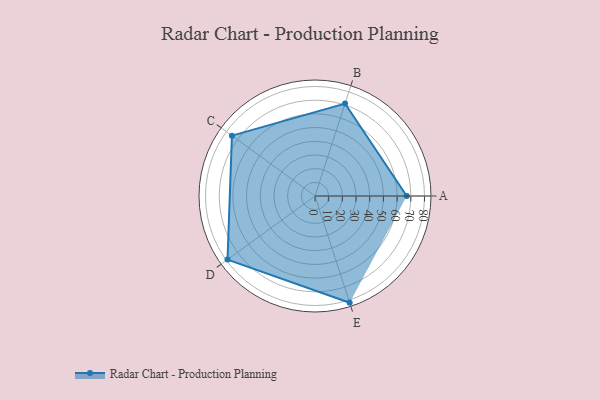
{"axis": {"x": "Skill", "y": "Score"}, "legend": ["Profile"], "data": [{"x": "A", "y": 67.0, "type": "Profile"}, {"x": "B", "y": 71.0, "type": "Profile"}, {"x": "C", "y": 75.0, "type": "Profile"}, {"x": "D", "y": 79.0, "type": "Profile"}, {"x": "E", "y": 82.0, "type": "Profile"}]}